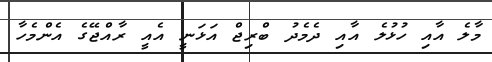
މާލެ އާއި ހުޅުލެ އާއި ދެމެދު ބްރިޖް އަޅަނީ އެއީ ރާއްޖޭގެ އެންމެހާ